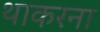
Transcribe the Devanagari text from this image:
थाकरना